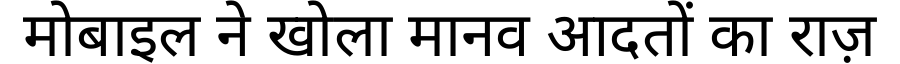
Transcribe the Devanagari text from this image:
मोबाइल ने खोला मानव आदतों का राज़